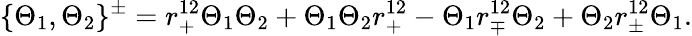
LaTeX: \{ \Theta_{1},\Theta_{2}\} ^{\pm}=r_{+}^{12}\Theta_{1}\Theta_{2}+\Theta_{1}\Theta_{2}r_{+}^{12}-\Theta_{1}r_{\mp}^{12}\Theta_{2}+\Theta_{2}r_{\pm}^{12}\Theta_{1}.